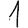
Digit: 1